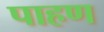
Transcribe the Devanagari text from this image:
पाहण